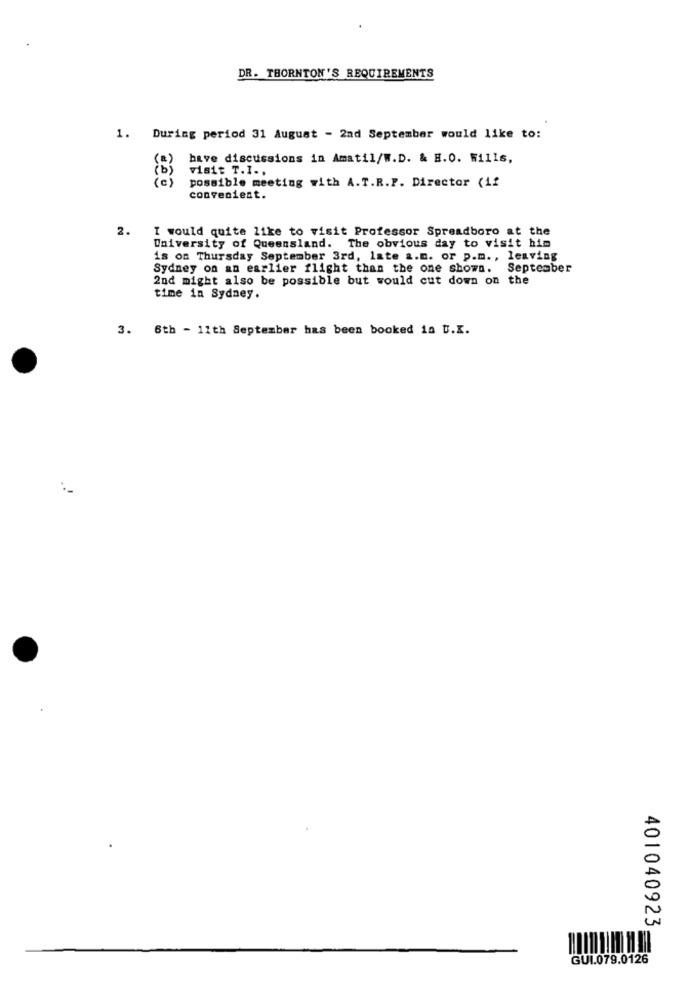
DR. THORNTON'S REQUIREMENTS
1.
During period 31 August - 2nd September would like to:
have discussions in Amatil/W.D. & H.O. Wills,
visit T.I ..
possible meeting with A.T.R.P. Director (if
convenient.
2.
I would quite like to visit Professor Spreadboro at the
University of Queensland. The obvious day to visit him
is on Thursday September 3rd, late a.m. or p.m ., leaving
Sydney on an earlier flight than the one shown. September
2nd might also be possible but would cut down on the
time in Sydney.
3. 6th - 11th September has been booked in U.I.
401040923
GUI.079.0126